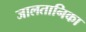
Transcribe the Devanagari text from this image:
जालतानिका